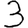
Digit: 3